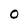
Character: 0